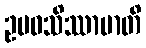
ဥပဝသိဿာမာတိ